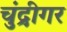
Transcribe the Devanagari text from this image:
चुंद्रीगर